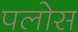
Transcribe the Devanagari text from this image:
पलोस